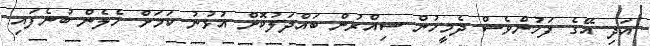
އަދި އޭގެ ފަހުންވެސް ދެމީހުން ސިއްރުން ބައްދަލުކޮށް އުޅުނު ކަމަށް ހެލެން ބުނެފައި